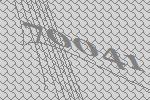
70041